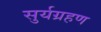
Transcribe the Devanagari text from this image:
सुर्यग्रहण